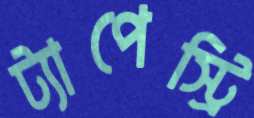
ট্যাপেস্ট্রি